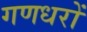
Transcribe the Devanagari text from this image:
गणधरों